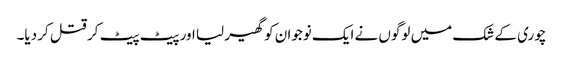
چوری کے شک میں لوگوں نے ایک نوجوان کو گھیر لیا اور پیٹ پیٹ کر قتل کر دیا۔